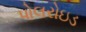
પોલરોઇડ